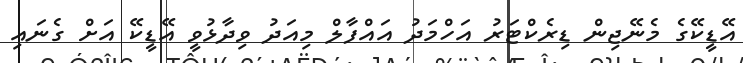
އޭޑީކޭގެ މެނޭޖިން ޑިރެކްޓަރު އަހްމަދު އައްފާލް މިއަދު ވިދާޅުވީ އޭޑީކޭ އަށް ގެނައި